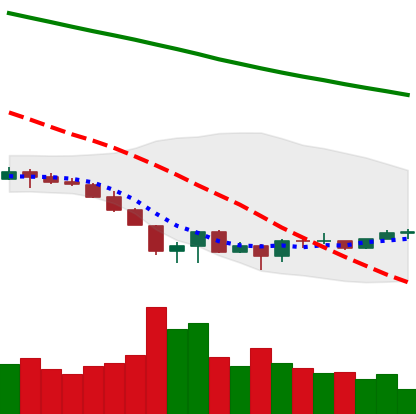
Ticker: EOS-USD
Chart end date: 2022-06-25
Forward return: -8.481%
Label: down_7plus